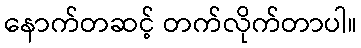
နောက်တဆင့် တက်လိုက်တာပါ။